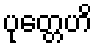
ပုတ္တေဟိ